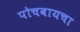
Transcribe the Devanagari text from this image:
पोचवायचा